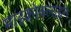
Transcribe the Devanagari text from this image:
माइक्रोक्लाइन